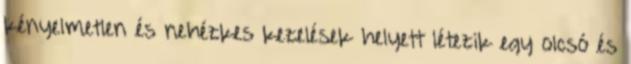
kényelmetlen és nehézkes kezelések helyett létezik egy olcsó és